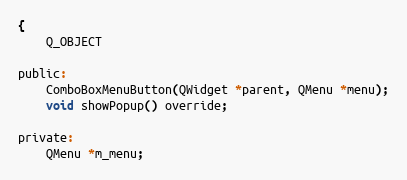
Language: C
{
    Q_OBJECT

public:
    ComboBoxMenuButton(QWidget *parent, QMenu *menu);
    void showPopup() override;

private:
    QMenu *m_menu;